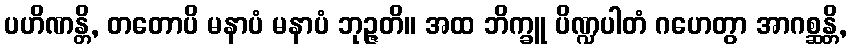
ပဟိဏန္တိ, တတောပိ မနာပံ မနာပံ ဘုဉ္ဇတိ။ အထ ဘိက္ခူ ပိဏ္ဍပါတံ ဂဟေတွာ အာဂစ္ဆန္တိ,